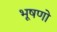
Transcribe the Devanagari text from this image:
भूषणो